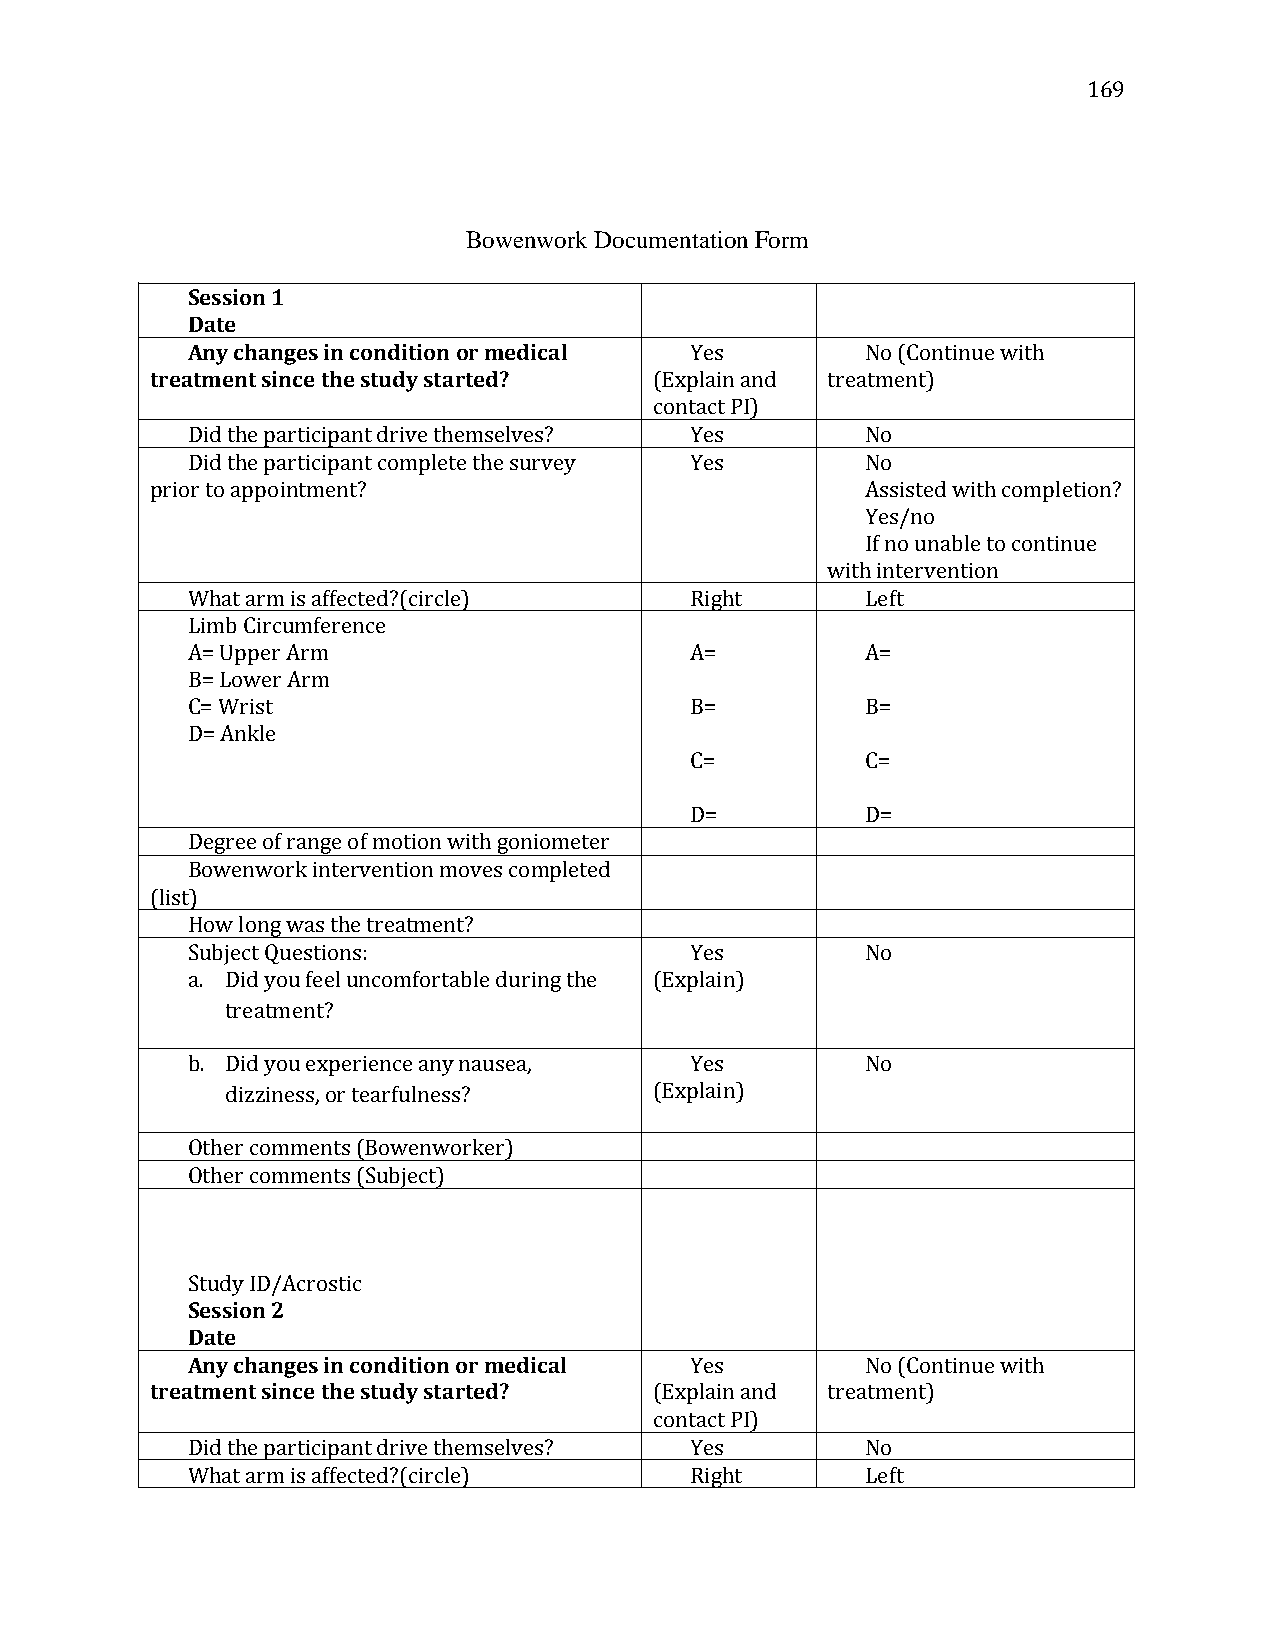
169
 Bowenwork Documentation Form
 Session 1
 Date
 Any changes in condition or medical Yes      No (Continue with
 treatment since the study started? (Explain and treatment)
 contact PI)
 Did the participant drive themselves? Yes    No
 Did the participant complete the survey Yes  No
 prior to appointment?                          Assisted with completion?
 Yes/no
 If no unable to continue
 with intervention
 What arm is affected?(circle)     Right      Left
 Limb Circumference
 A= Upper Arm                      A=         A=
 B= Lower Arm
 C= Wrist                          B=         B=
 D= Ankle
 C=         C=
 D=         D=
 Degree of range of motion with goniometer
 Bowenwork intervention moves completed
 (list)
 How long was the treatment?
 Subject Questions:                Yes        No
 a. Did you feel uncomfortable during the (Explain)
 treatment?
 b. Did you experience any nausea, Yes        No
 dizziness, or tearfulness?  (Explain)
 Other comments (Bowenworker)
 Other comments (Subject)
 Study ID/Acrostic
 Session 2
 Date
 Any changes in condition or medical Yes      No (Continue with
 treatment since the study started? (Explain and treatment)
 contact PI)
 Did the participant drive themselves? Yes    No
 What arm is affected?(circle)     Right      Left